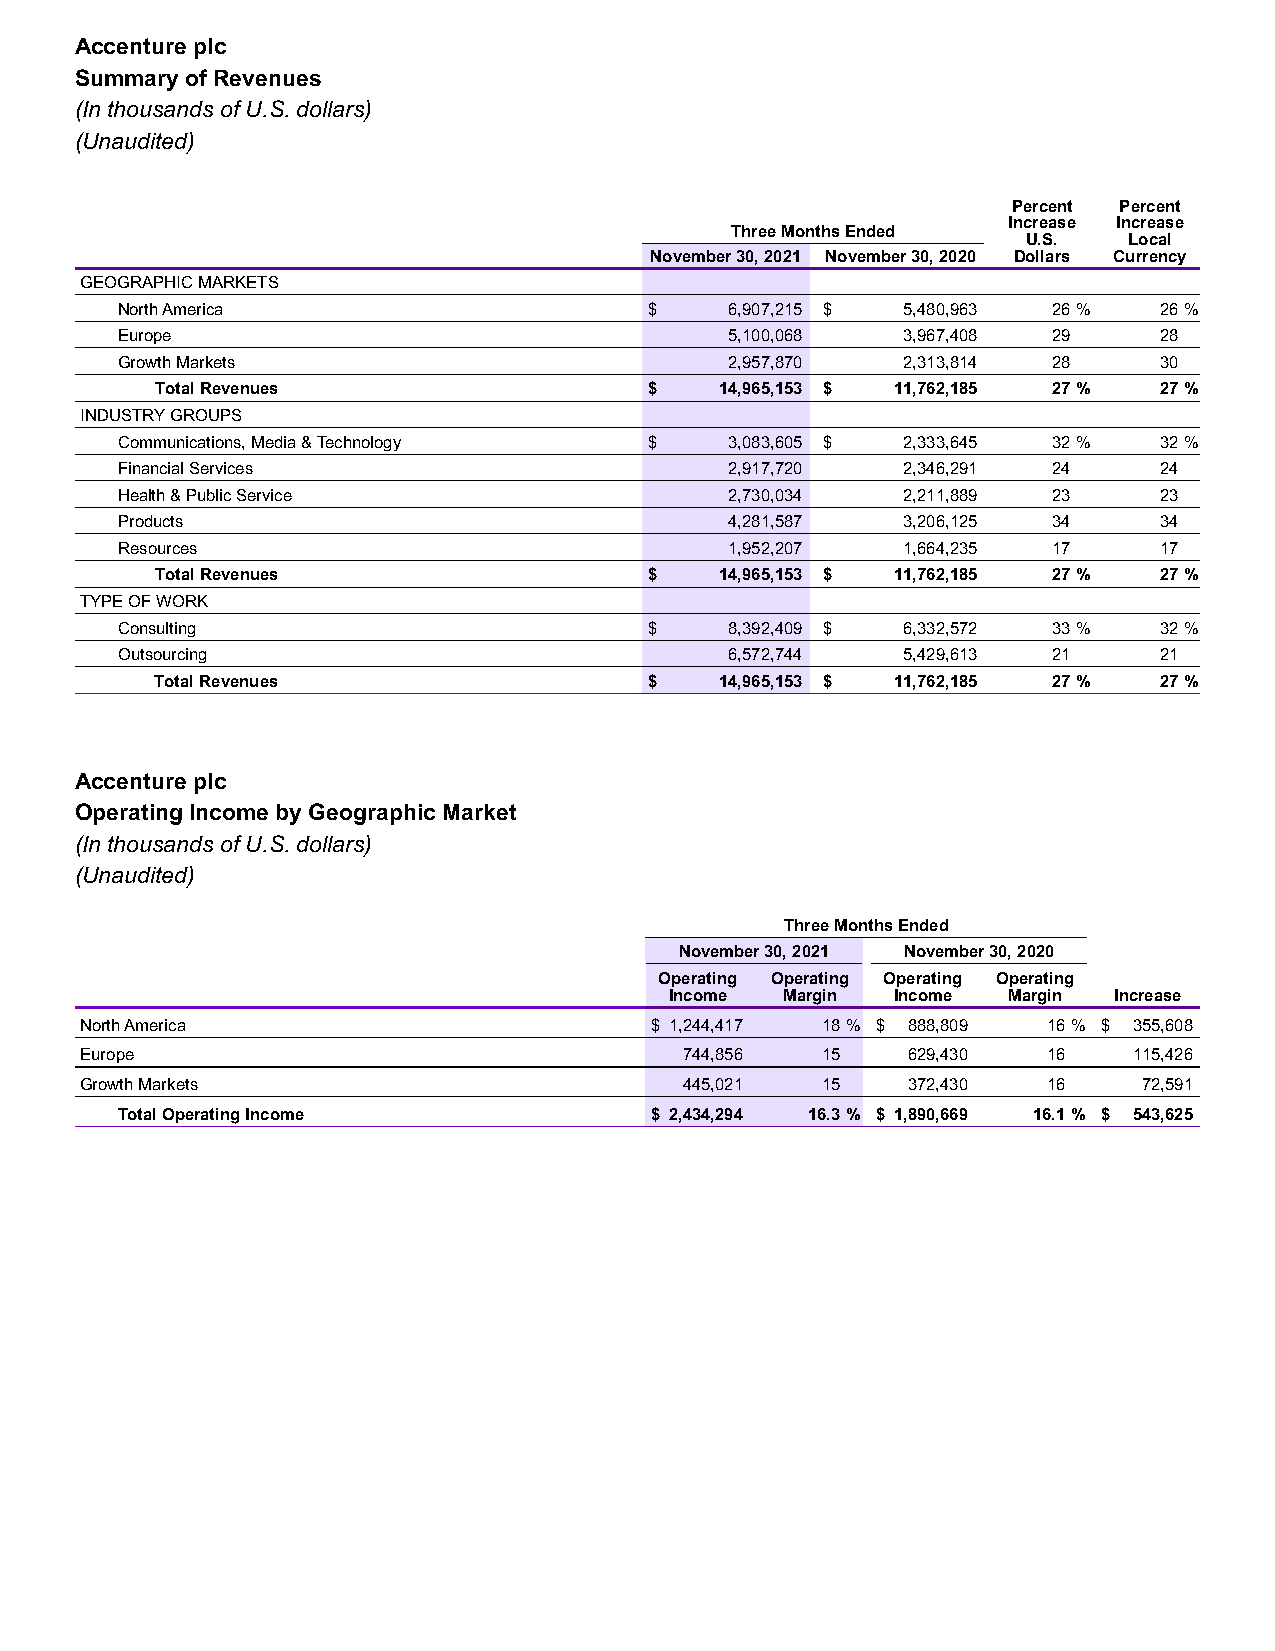
Accenture plc
 Summary of Revenues
 (In thousands of U.S. dollars)
 (Unaudited)
 Percent Percent
 Increase Increase
 Three Months Ended
 U.S.   Local
 November 30, 2021 November 30, 2020 Dollars Currency
 GEOGRAPHIC MARKETS
 North America                      $    6,907,215 $ 5,480,963 26 %   26 %
 Europe                                  5,100,068   3,967,408 29     28
 Growth Markets                          2,957,870   2,313,814 28     30
 Total Revenues                   $    14,965,153 $ 11,762,185 27 % 27 %
 INDUSTRY GROUPS
 Communications, Media & Technology $    3,083,605 $ 2,333,645 32 %   32 %
 Financial Services                      2,917,720   2,346,291 24     24
 Health & Public Service                 2,730,034   2,211,889 23     23
 Products                                4,281,587   3,206,125 34     34
 Resources                               1,952,207   1,664,235 17     17
 Total Revenues                   $    14,965,153 $ 11,762,185 27 % 27 %
 TYPE OF WORK
 Consulting                         $    8,392,409 $ 6,332,572 33 %   32 %
 Outsourcing                             6,572,744   5,429,613 21     21
 Total Revenues                   $    14,965,153 $ 11,762,185 27 % 27 %
 Accenture plc
 Operating Income by Geographic Market
 (In thousands of U.S. dollars)
 (Unaudited)
 Three Months Ended
 November 30, 2021 November 30, 2020
 Operating Operating Operating Operating
 Income  Margin Income  Margin Increase
 North America                         $ 1,244,417 18 % $ 888,809 16 % $ 355,608
 Europe                                  744,856  15    629,430  16    115,426
 Growth Markets                          445,021  15    372,430  16     72,591
 Total Operating Income             $ 2,434,294 16.3 % $ 1,890,669 16.1 % $ 543,625